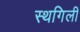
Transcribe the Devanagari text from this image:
स्थगिली